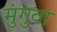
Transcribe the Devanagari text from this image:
मुंगुवा